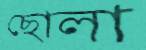
ছোলা